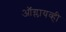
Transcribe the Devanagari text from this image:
ऑग्लायव्ही